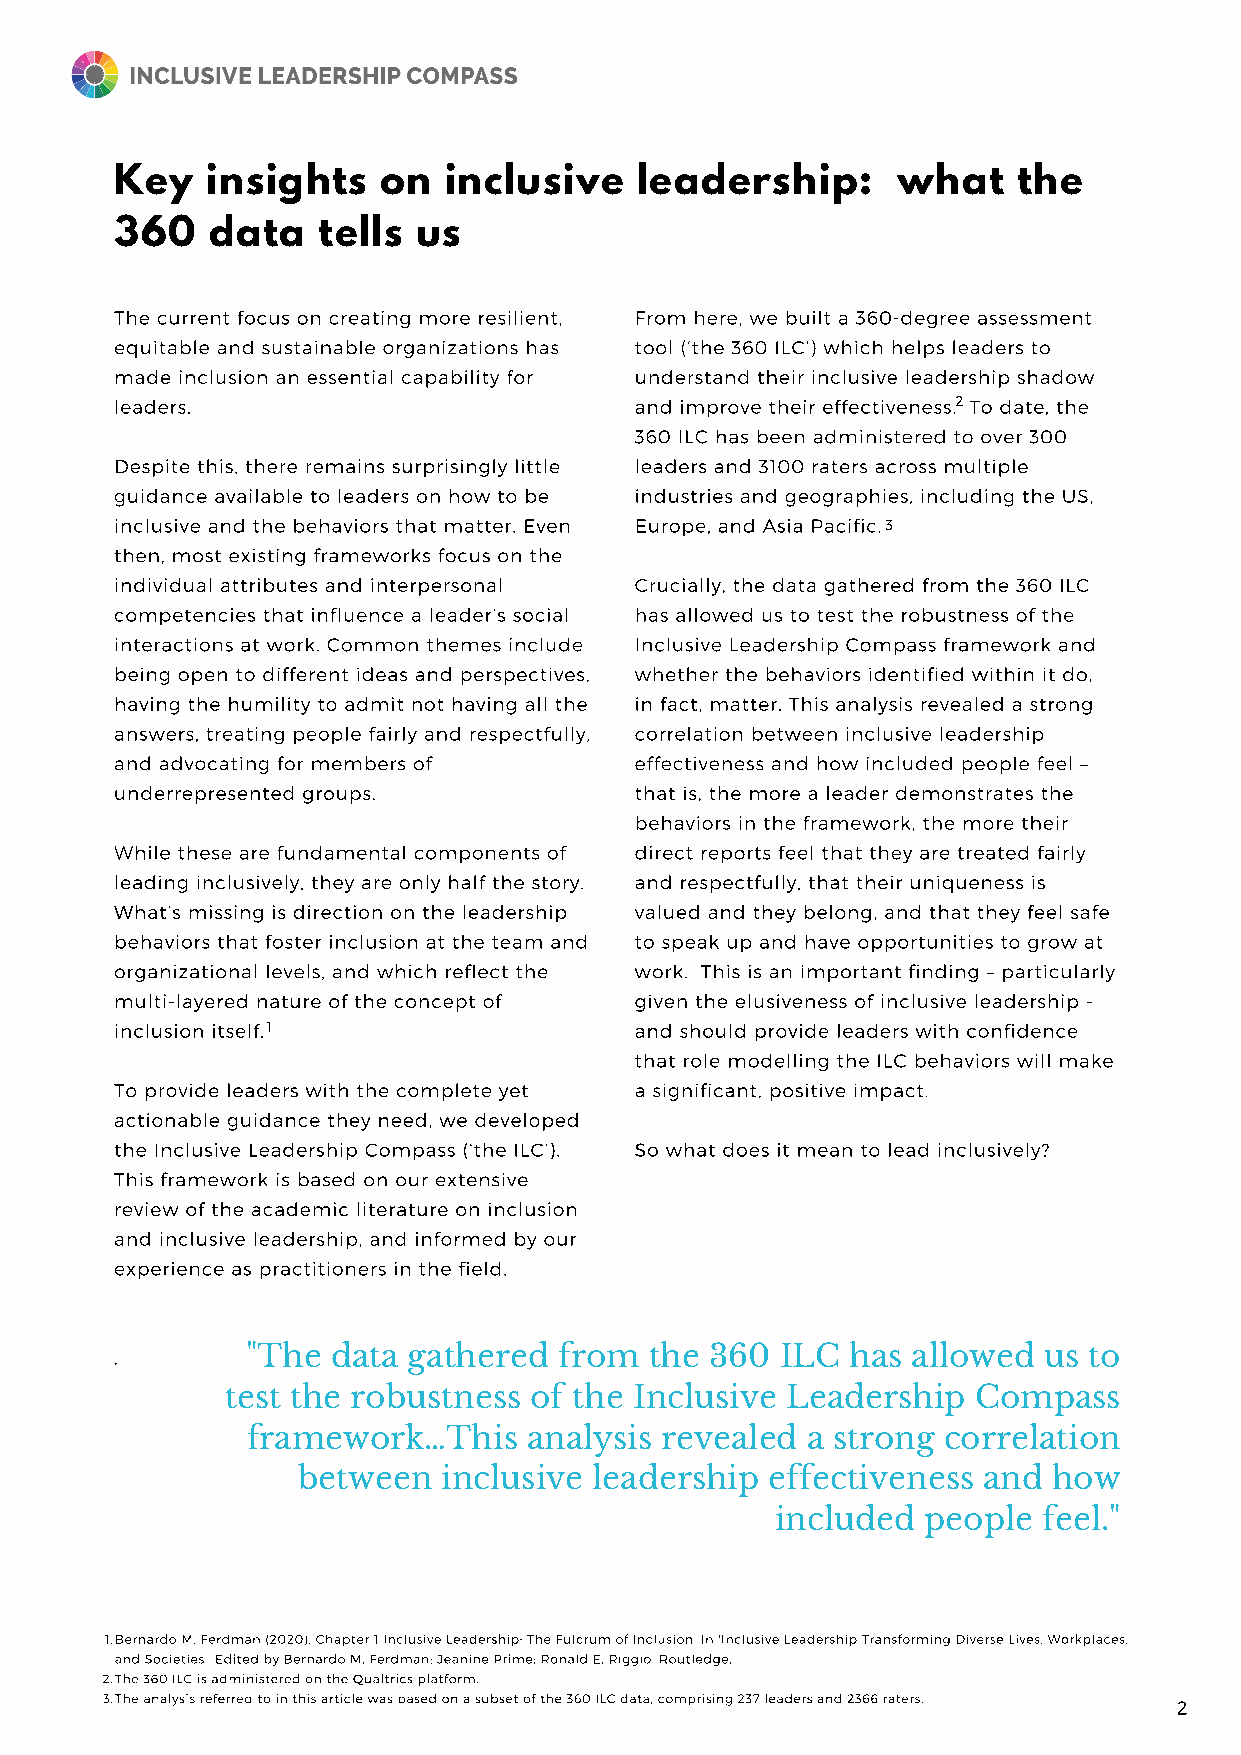
Key   insights   on  inclusive    leadership:      what    the
 360   data   tells  us
 The current focus on creating more resilient, From here, we built a 360-degree assessment
 equitable and sustainable organizations has tool (‘the 360 ILC’) which helps leaders to
 made inclusion an essential capability for understand their inclusive leadership shadow
 leaders.                          and improve their effectiveness.2 To date, the
 360 ILC has been administered to over 300
 Despite this, there remains surprisingly little leaders and 3100 raters across multiple
 guidance available to leaders on how to be industries and geographies, including the US,
 inclusive and the behaviors that matter. Even Europe, and Asia Pacific. 3
 then, most existing frameworks focus on the
 individual attributes and interpersonal Crucially, the data gathered from the 360 ILC
 competencies that influence a leader’s social has allowed us to test the robustness of the
 interactions at work. Common themes include Inclusive Leadership Compass framework and
 being open to different ideas and perspectives, whether the behaviors identified within it do,
 having the humility to admit not having all the in fact, matter. This analysis revealed a strong
 answers, treating people fairly and respectfully, correlation between inclusive leadership
 and advocating for members of     effectiveness and how included people feel –
 underrepresented groups.          that is, the more a leader demonstrates the
 behaviors in the framework, the more their
 While these are fundamental components of direct reports feel that they are treated fairly
 leading inclusively, they are only half the story. and respectfully, that their uniqueness is
 What’s missing is direction on the leadership valued and they belong, and that they feel safe
 behaviors that foster inclusion at the team and to speak up and have opportunities to grow at
 organizational levels, and which reflect the work. This is an important finding – particularly
 multi-layered nature of the concept of given the elusiveness of inclusive leadership -
 inclusion itself. 1               and should provide leaders with confidence
 that role modelling the ILC behaviors will make
 To provide leaders with the complete yet a significant, positive impact.
 actionable guidance they need, we developed
 the Inclusive Leadership Compass (‘the ILC’). So what does it mean to lead inclusively?
 This framework is based on our extensive
 review of the academic literature on inclusion
 and inclusive leadership, and informed by our
 experience as practitioners in the field.
 .       "The  data gathered  from  the 360  ILC has allowed  us to
 test the robustness of the Inclusive Leadership  Compass
 framework…This     analysis revealed a strong correlation
 between  inclusive leadership  effectiveness and  how
 included  people  feel."
 1.Bernardo M. Ferdman (2020). Chapter 1 Inclusive Leadership: The Fulcrum of Inclusion. In 'Inclusive Leadership Transforming Diverse Lives, Workplaces,
 and Societies.' Edited by Bernardo M. Ferdman; Jeanine Prime; Ronald E. Riggio. Routledge.
 2.The 360 ILC is administered on the Qualtrics platform.
 3.The analysis referred to in this article was based on a subset of the 360 ILC data, comprising 237 leaders and 2366 raters. 2